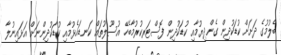
ބެލުމުގެ ދަށަށް ކުޑަކުދިން ގެންދިޔުމާއި ކުޑަކުދިން ފޮސްޓަރކުރުމާބެހޭ އުސޫލުތައް ކަނޑައެޅުމާއި ކުޑަކުދިންނަށް އަޅައިނުލާ